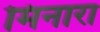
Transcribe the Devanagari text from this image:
मिनारा